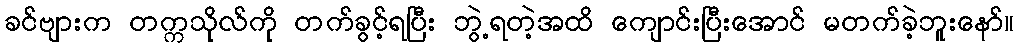
ခင်ဗျားက တက္ကသိုလ်ကို တက်ခွင့်ရပြီး ဘွဲ့ရတဲ့အထိ ကျောင်းပြီးအောင် မတက်ခဲ့ဘူးနော်။